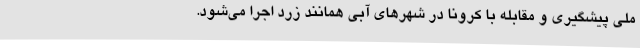
ملی پیشگیری و مقابله با کرونا در شهرهای آبی همانند زرد اجرا می‌شود.